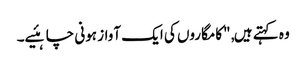
وہ کہتے ہیں, "کامگاروں کی ایک آواز ہونی چاہئیے۔